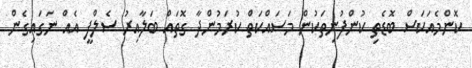
ކޮންމެއަކަސް ބޮޑެތި ކުންފުނިތަކުން މަސައްކަތް ކުރަމުންދާ ގޮތައް ބަލާއިރު ސެލްފީ އެއް ނަގައިގެން